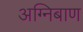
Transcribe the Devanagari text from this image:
अग्‍निबाण